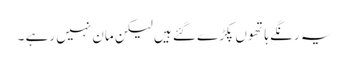
یہ رنگے ہاتھو ں پکڑے گئے ہیں لیکن مان نہیں رہے ۔